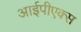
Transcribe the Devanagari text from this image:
आईपीएक्स